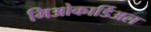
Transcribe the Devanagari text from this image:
मिओकार्डिअल